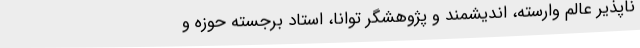
ناپذیر عالم وارسته، اندیشمند و پژوهشگر توانا، استاد برجسته حوزه و